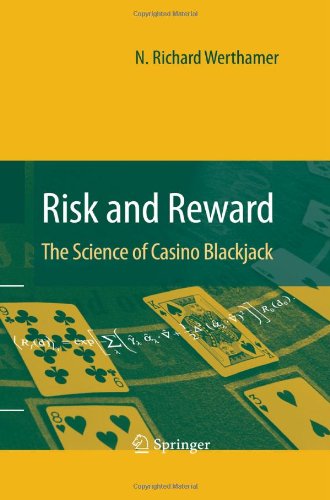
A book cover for Risk and Reward: The Science of Casino Blackjack; N. Richard Werthamer; Humor & Entertainment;